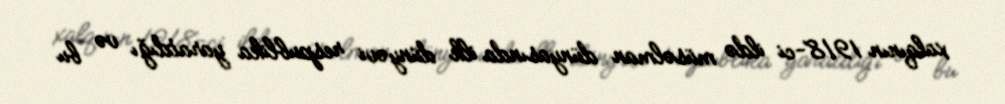
xalqının 1918-ci ildə müsəlman dünyasında ilk dünyəvi respublika yaratdığı və bu